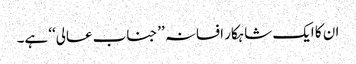
ان کا ایک شاہکار افسانہ ’’جناب عالی‘‘ ہے۔